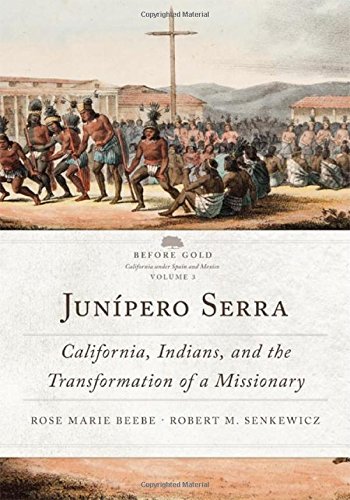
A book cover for JunÃ­pero Serra: California, Indians, and the Transformation of a Missionary (Before Gold: California Under Spain and Mexico); Rose Marie Beebe; Biographies & Memoirs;